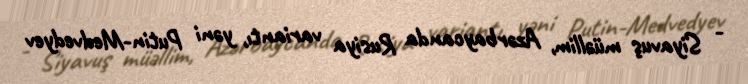
- Siyavuş müəllim, Azərbaycanda Rusiya variantı, yəni Putin-Medvedyev